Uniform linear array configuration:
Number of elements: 12
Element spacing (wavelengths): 0.25
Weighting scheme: hamming
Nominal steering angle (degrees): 0
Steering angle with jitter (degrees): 0.4191
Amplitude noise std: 0.05
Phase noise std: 0.05

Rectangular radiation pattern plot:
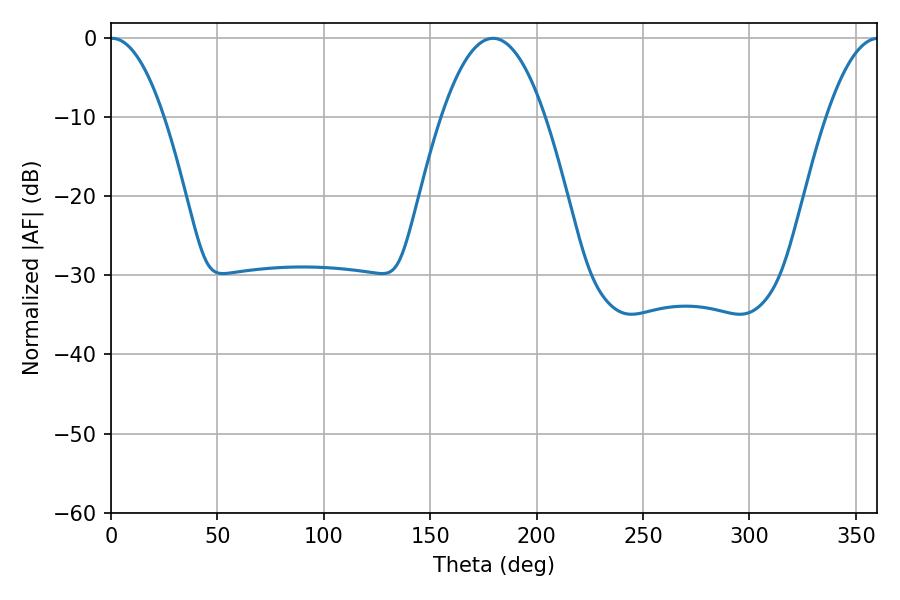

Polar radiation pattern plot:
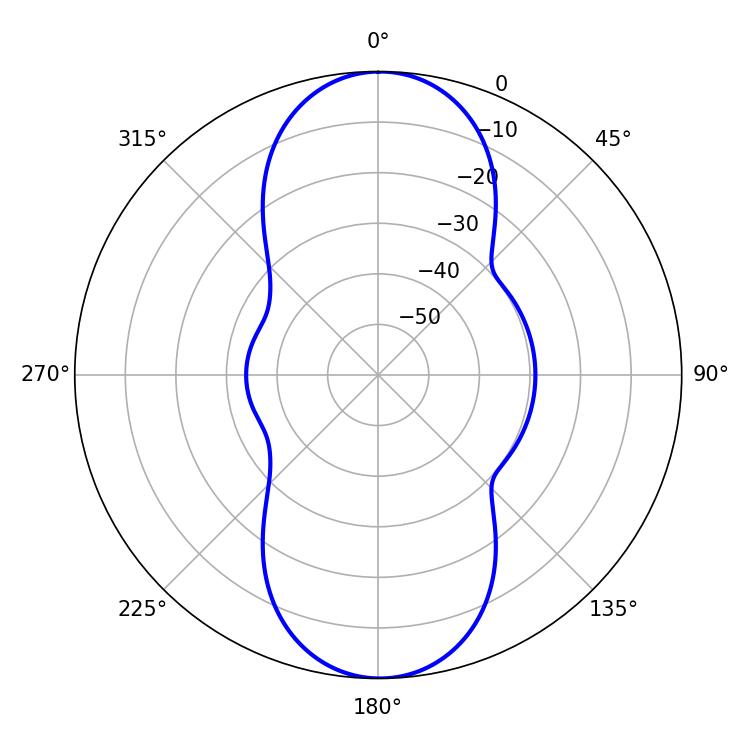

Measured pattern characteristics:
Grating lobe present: FALSE
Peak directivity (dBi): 23.527
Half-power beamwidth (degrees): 13.86
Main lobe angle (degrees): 0.54